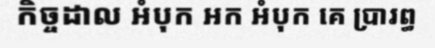
កិច្ចដាល អំបុក អក អំបុក គេ ប្រារព្ធ